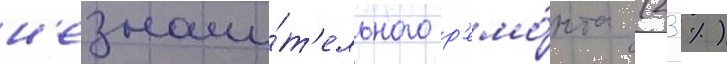
н'езначи́т'ельного р'емо́нта (23 %)